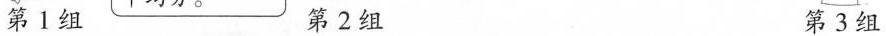
第1组 第2组 第3组